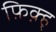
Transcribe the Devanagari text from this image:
फ़िक़्ह्